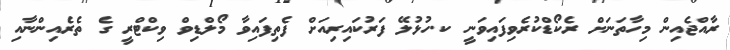
ރާއްޖެއިން މިހާތަނަށް ރެކޯޑްކުރެވިފައިވަނީ ކ.ހުޅުލޭ ފަރުކައިރިއަށް ފެތިފައިވާ މޯލްޑިވް ވިކްޓްރީ ގެ ތެރެއިންނާއި